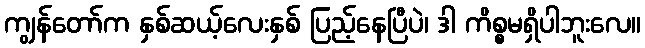
ကျွန်တော်က နှစ်ဆယ့်လေးနှစ် ပြည့်နေပြီပဲ၊ ဒါ ကိစ္စမရှိပါဘူးလေ။